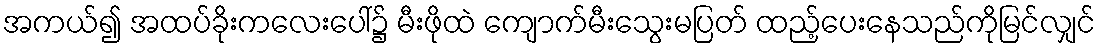
အကယ်၍ အထပ်ခိုးကလေးပေါ်၌ မီးဖိုထဲ ကျောက်မီးသွေးမပြတ် ထည့်ပေးနေသည်ကိုမြင်လျှင်